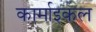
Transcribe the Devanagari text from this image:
कार्माइकल